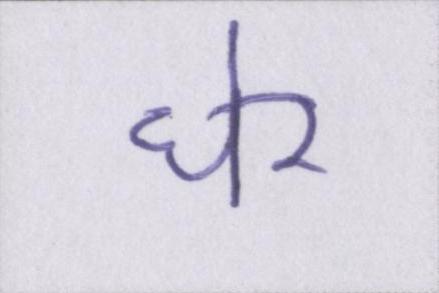
घेर